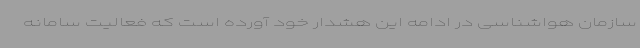
سازمان هواشناسی در ادامه این هشدار خود آورده است که فعالیت سامانه